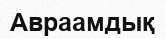
Авраамдық